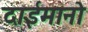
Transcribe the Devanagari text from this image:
दाईमानो